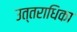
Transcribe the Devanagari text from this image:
उत्तराधिका